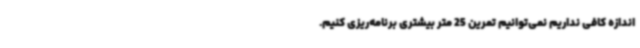
اندازه کافی نداریم نمی‌توانیم تمرین 25 متر بیشتری برنامه‌ریزی کنیم.